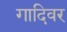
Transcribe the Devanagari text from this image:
गादिवर